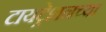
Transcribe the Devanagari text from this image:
टायट्रेशनच्या